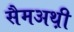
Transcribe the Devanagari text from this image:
सैमअथ़ी